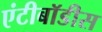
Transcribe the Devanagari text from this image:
एंटीबॉडीस